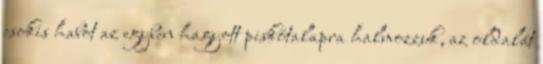
csokis habot az egyben hagyott piskótalapra halmozzuk, az oldalát